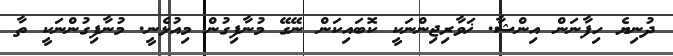
ދުނިޔެ ހިފާނަން އިންޝާ. ޚަވާރިޖިންނަކީ ކޮބައިކަން ނޭގޭ މުނާފިގުން މިއުޅެނީ. މުނާފިގުންނަކީ ތާ